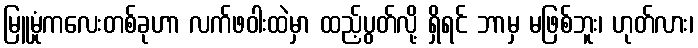
မြူမှုံကလေးတစ်ခုဟာ လက်ဖဝါးထဲမှာ ထည့်ပွတ်လို့ ရှိရင် ဘာမှ မဖြစ်ဘူး၊ ဟုတ်လား၊